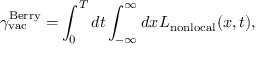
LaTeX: { \gamma } _ { \mathrm { v a c } } ^ { \mathrm { B e r r y } } = \int _ { 0 } ^ { T } d t \int _ { - \infty } ^ { \infty } d x { \cal L } _ { \mathrm { n o n l o c a l } } ( x , t ) ,